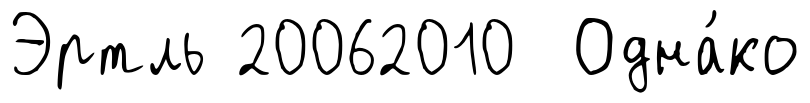
Эртль 20062010 Одна́ко